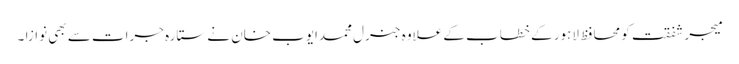
میجر شفقت کو محافظ لاہور کے خطاب کے علاوہ جنرل محمدایوب خان نے ستارہ جرات سے بھی نوازا ۔